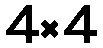
4×4